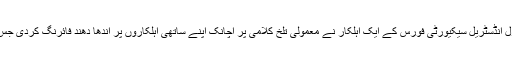
کشمیر میڈیا سروس کے مطابق مقبوضہ کشمیر میں انڈین سینٹرل انڈسٹریل سیکیورٹی فورس کے ایک اہلکار نے معمولی تلخ کلامی پر اچانک اپنے ساتھی اہلکاروں پر اندھا دھند فائرنگ کردی جس کے نتیجے میں ایک اہلکار ہلاک اور دوسرا شدید زخمی ہوگیا۔